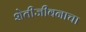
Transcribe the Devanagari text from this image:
शेतीजीवनाचा